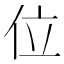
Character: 位